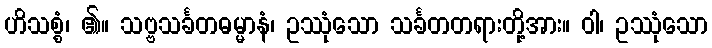
ဟိသစ္စံ၊ ၏။ သဗ္ဗသင်္ခတဓမ္မာနံ၊ ဥဿုံသော သင်္ခတတရားတို့အား။ ဝါ၊ ဥဿုံသော